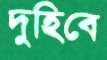
দুহিবে